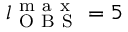
l _ { \mathrm { ~ O ~ B ~ S ~ } } ^ { \mathrm { ~ m ~ a ~ x ~ } } = 5